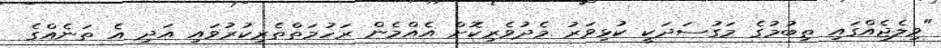
"ވިލެޖެއްގައި ތިބުމުގެ މަގުސަދަކީ ކުޅިވަރު މެދުވެރިކޮށް އެއްމެން ރަހުމަތްތެރިކުރުވައި އަދި އެ ތަނެއްގެ